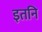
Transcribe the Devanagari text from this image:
इतनि